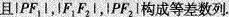
且\left |PF_{1}\right|，\left |F_{1}F_{2}\right|，\left |PF_{2}\right|构成等差数列。